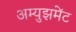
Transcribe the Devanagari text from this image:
अम्युझमेंट